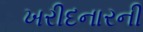
ખરીદનારની